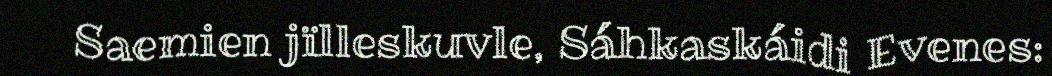
Saemien jïlleskuvle, Sáhkaskáidi Evenes: